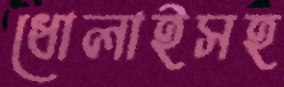
ধোলাইসহ